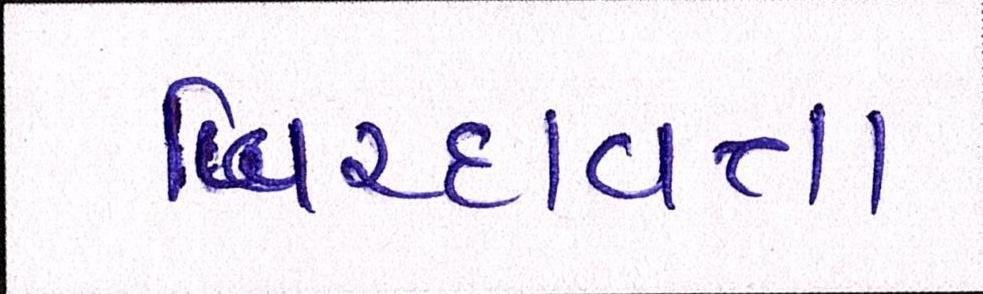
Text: બિરદાવતા